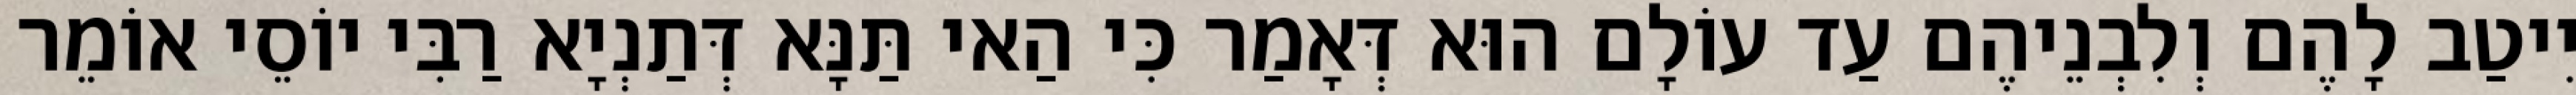
יִיטַב לָהֶם וְלִבְנֵיהֶם עַד עוֹלָם הוּא דְּאָמַר כִּי הַאי תַּנָּא דְּתַנְיָא רַבִּי יוֹסֵי אוֹמֵר